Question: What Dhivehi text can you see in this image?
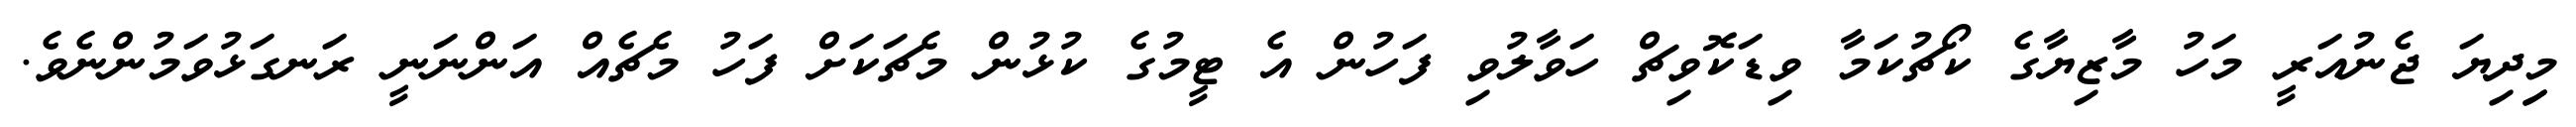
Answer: މިިދިޔަ ޖެނުއަރީ މަހު މާޒިޔާގެ ކޯޗުކަމާ ވިޑަކޮވިޗް ހަވާލުވި ފަހުން އެ ޓީމުގެ ކުޅުން މެޗަކަށް ފަހު މެޗެއް އަންނަނީ ރަނގަޅުވަމުންނެވެ.